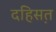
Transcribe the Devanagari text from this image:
दहिस़त